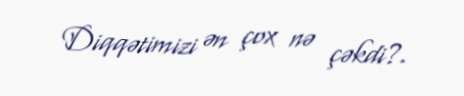
Diqqətimizi ən çox nə çəkdi?.